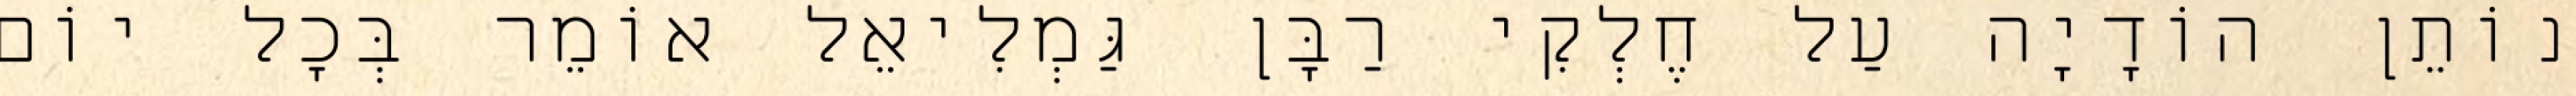
נוֹתֵן הוֹדָיָה עַל חֶלְקִי רַבָּן גַּמְלִיאֵל אוֹמֵר בְּכָל יוֹם